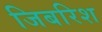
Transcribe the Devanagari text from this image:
जिबरिश